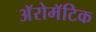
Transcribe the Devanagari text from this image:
अॅरोमॅटिक